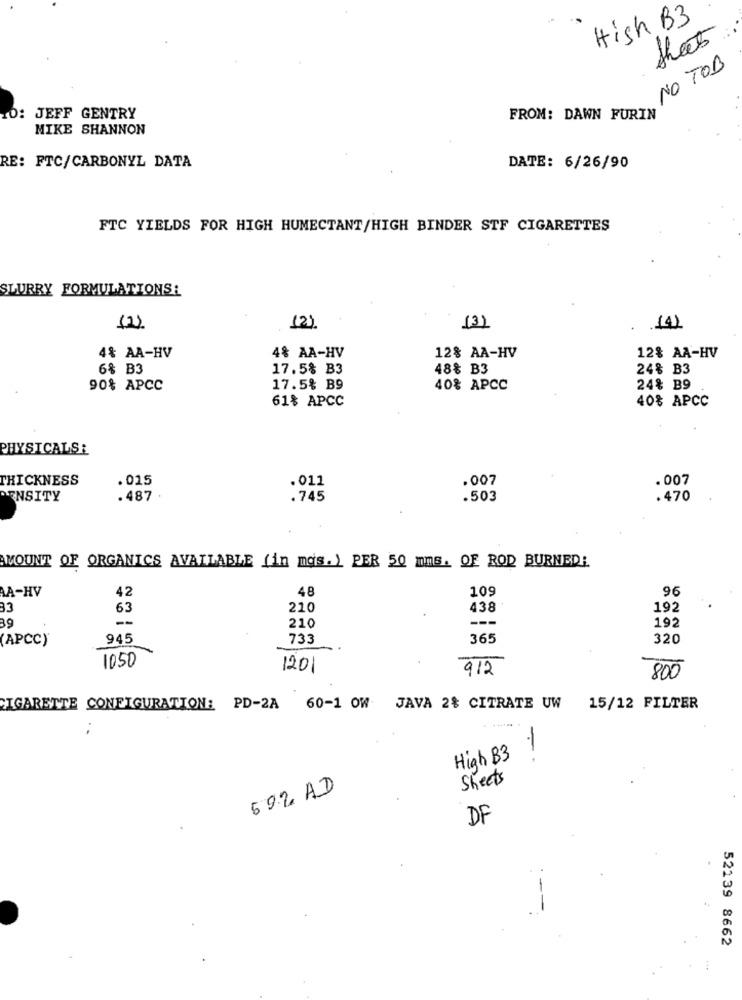
High B3
that
NO TOB
IO: JEFF GENTRY
FROM: DAWN FURIN
MIKE SHANNON
RE: FTC/CARBONYL DATA
DATE: 6/26/90
FTC YIELDS FOR HIGH HUMECTANT/HIGH BINDER STF CIGARETTES
SLURRY FORMULATIONS:
(2)
(2)
(3)
(4)
4& AA-HV
4% AA-HV
12% AA-HV
12% AA-HV
6% B3
17.5% B3
48% B3
24% B3
90% APCC
17.5% B9
40% APCC
24% B9
61% APCC
40% APCC
PHYSICALSE
THICKNESS
.015
.011
.007
.007
DENSITY
.487
.745
.503
.470
AMOUNT OF ORGANICS AVAILABLE (in mas.) PER 50 mms. OF ROD BURNED!
AA-HV
42
48
109
96
33
63
210
438
192
89
--
---
210
192
(APCC)
945
733
365
320
1050
1201
912
800
CIGARETTE CONFIGURATION: PD-2A 60-1 OW JAVA 2% CITRATE UW 15/12 FILTER
High B3
Sheets
59.2 AD
DF
52139 8662